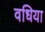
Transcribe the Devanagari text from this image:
वधिया